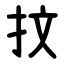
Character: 抆